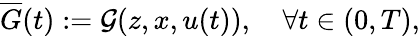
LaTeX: \overline{{G}}(t):=\mathcal{G}(z,x,u(t)),\quad\forall t\in(0,T),